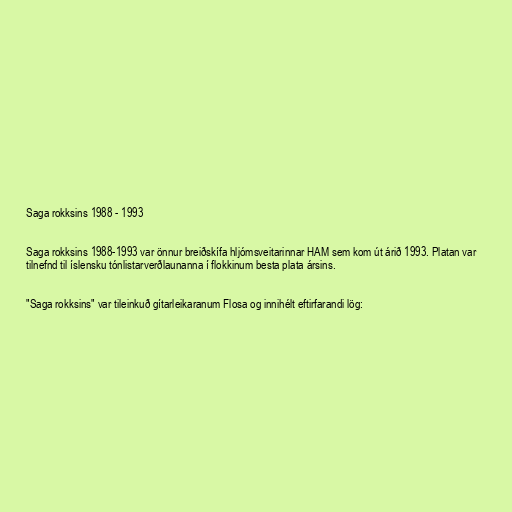
Saga rokksins 1988 - 1993

Saga rokksins 1988-1993 var önnur breiðskífa hljómsveitarinnar HAM sem kom út árið 1993. Platan var
tilnefnd til íslensku tónlistarverðlaunanna í flokkinum besta plata ársins.

"Saga rokksins" var tileinkuð gítarleikaranum Flosa og innihélt eftirfarandi lög: